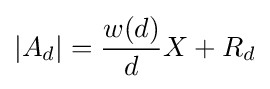
\left\vert A_{d}\right\vert ={\frac {w(d)}{d}}X+R_{d}